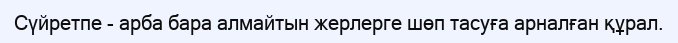
Сүйретпе - арба бара алмайтын жерлерге шөп тасуға арналған құрал.